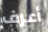
أعرف